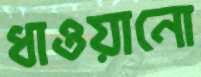
ধাওয়ানো